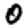
Digit: 0